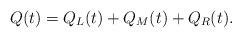
LaTeX: \begin{align*}Q(t)=Q_L(t)+Q_M(t)+Q_R(t).\end{align*}